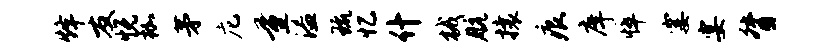
烽友悦枷茅庀量溢琉忆什械航攘痕庠悴霎宴督